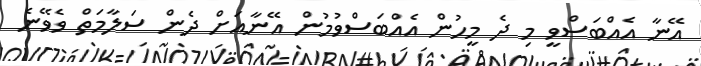
އޭނާ އެއްބަސްވީ މި ދެ މީހުން އެއްބަސްވުމުން އޭނާއަށް ދެން ސަލާމަތް ވެވޭނެ